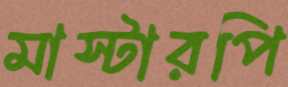
মাস্টারপি